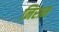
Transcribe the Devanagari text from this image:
निराम